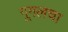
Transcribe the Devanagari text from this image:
गूगलचा